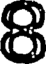
8